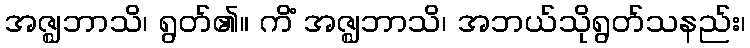
အဇ္ဈဘာသိ၊ ရွတ်၏။ ကိံ အဇ္ဈဘာသိ၊ အဘယ်သိုရွတ်သနည်း၊